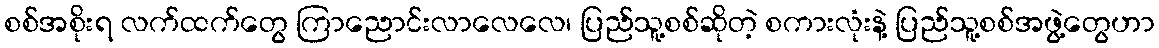
စစ်အစိုးရ လက်ထက်တွေ ကြာညောင်းလာလေလေ၊ ပြည်သူ့စစ်ဆိုတဲ့ စကားလုံးနဲ့ ပြည်သူ့စစ်အဖွဲ့တွေဟာ